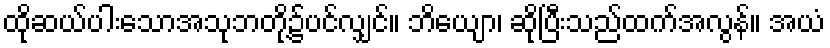
ထိုဆယ်ပါးသောအသုဘတို့၌ပင်လျှင်။ ဘိယျော၊ ဆိုပြီးသည်ထက်အလွန်။ အယံ